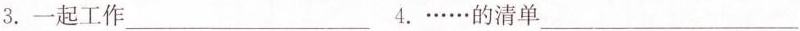
3.一起工作___4. ……的清单___